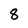
Character: 8